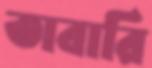
তাবারি